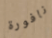
نافورة